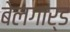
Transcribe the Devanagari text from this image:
बेलगार्ड